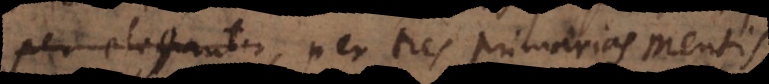
patres, per tres primarias Mentis